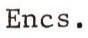
Encs.